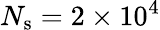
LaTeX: N_{\mathrm{s}}=2\times 10^{4}